EELK_Paldiski_kogudus, lk 42
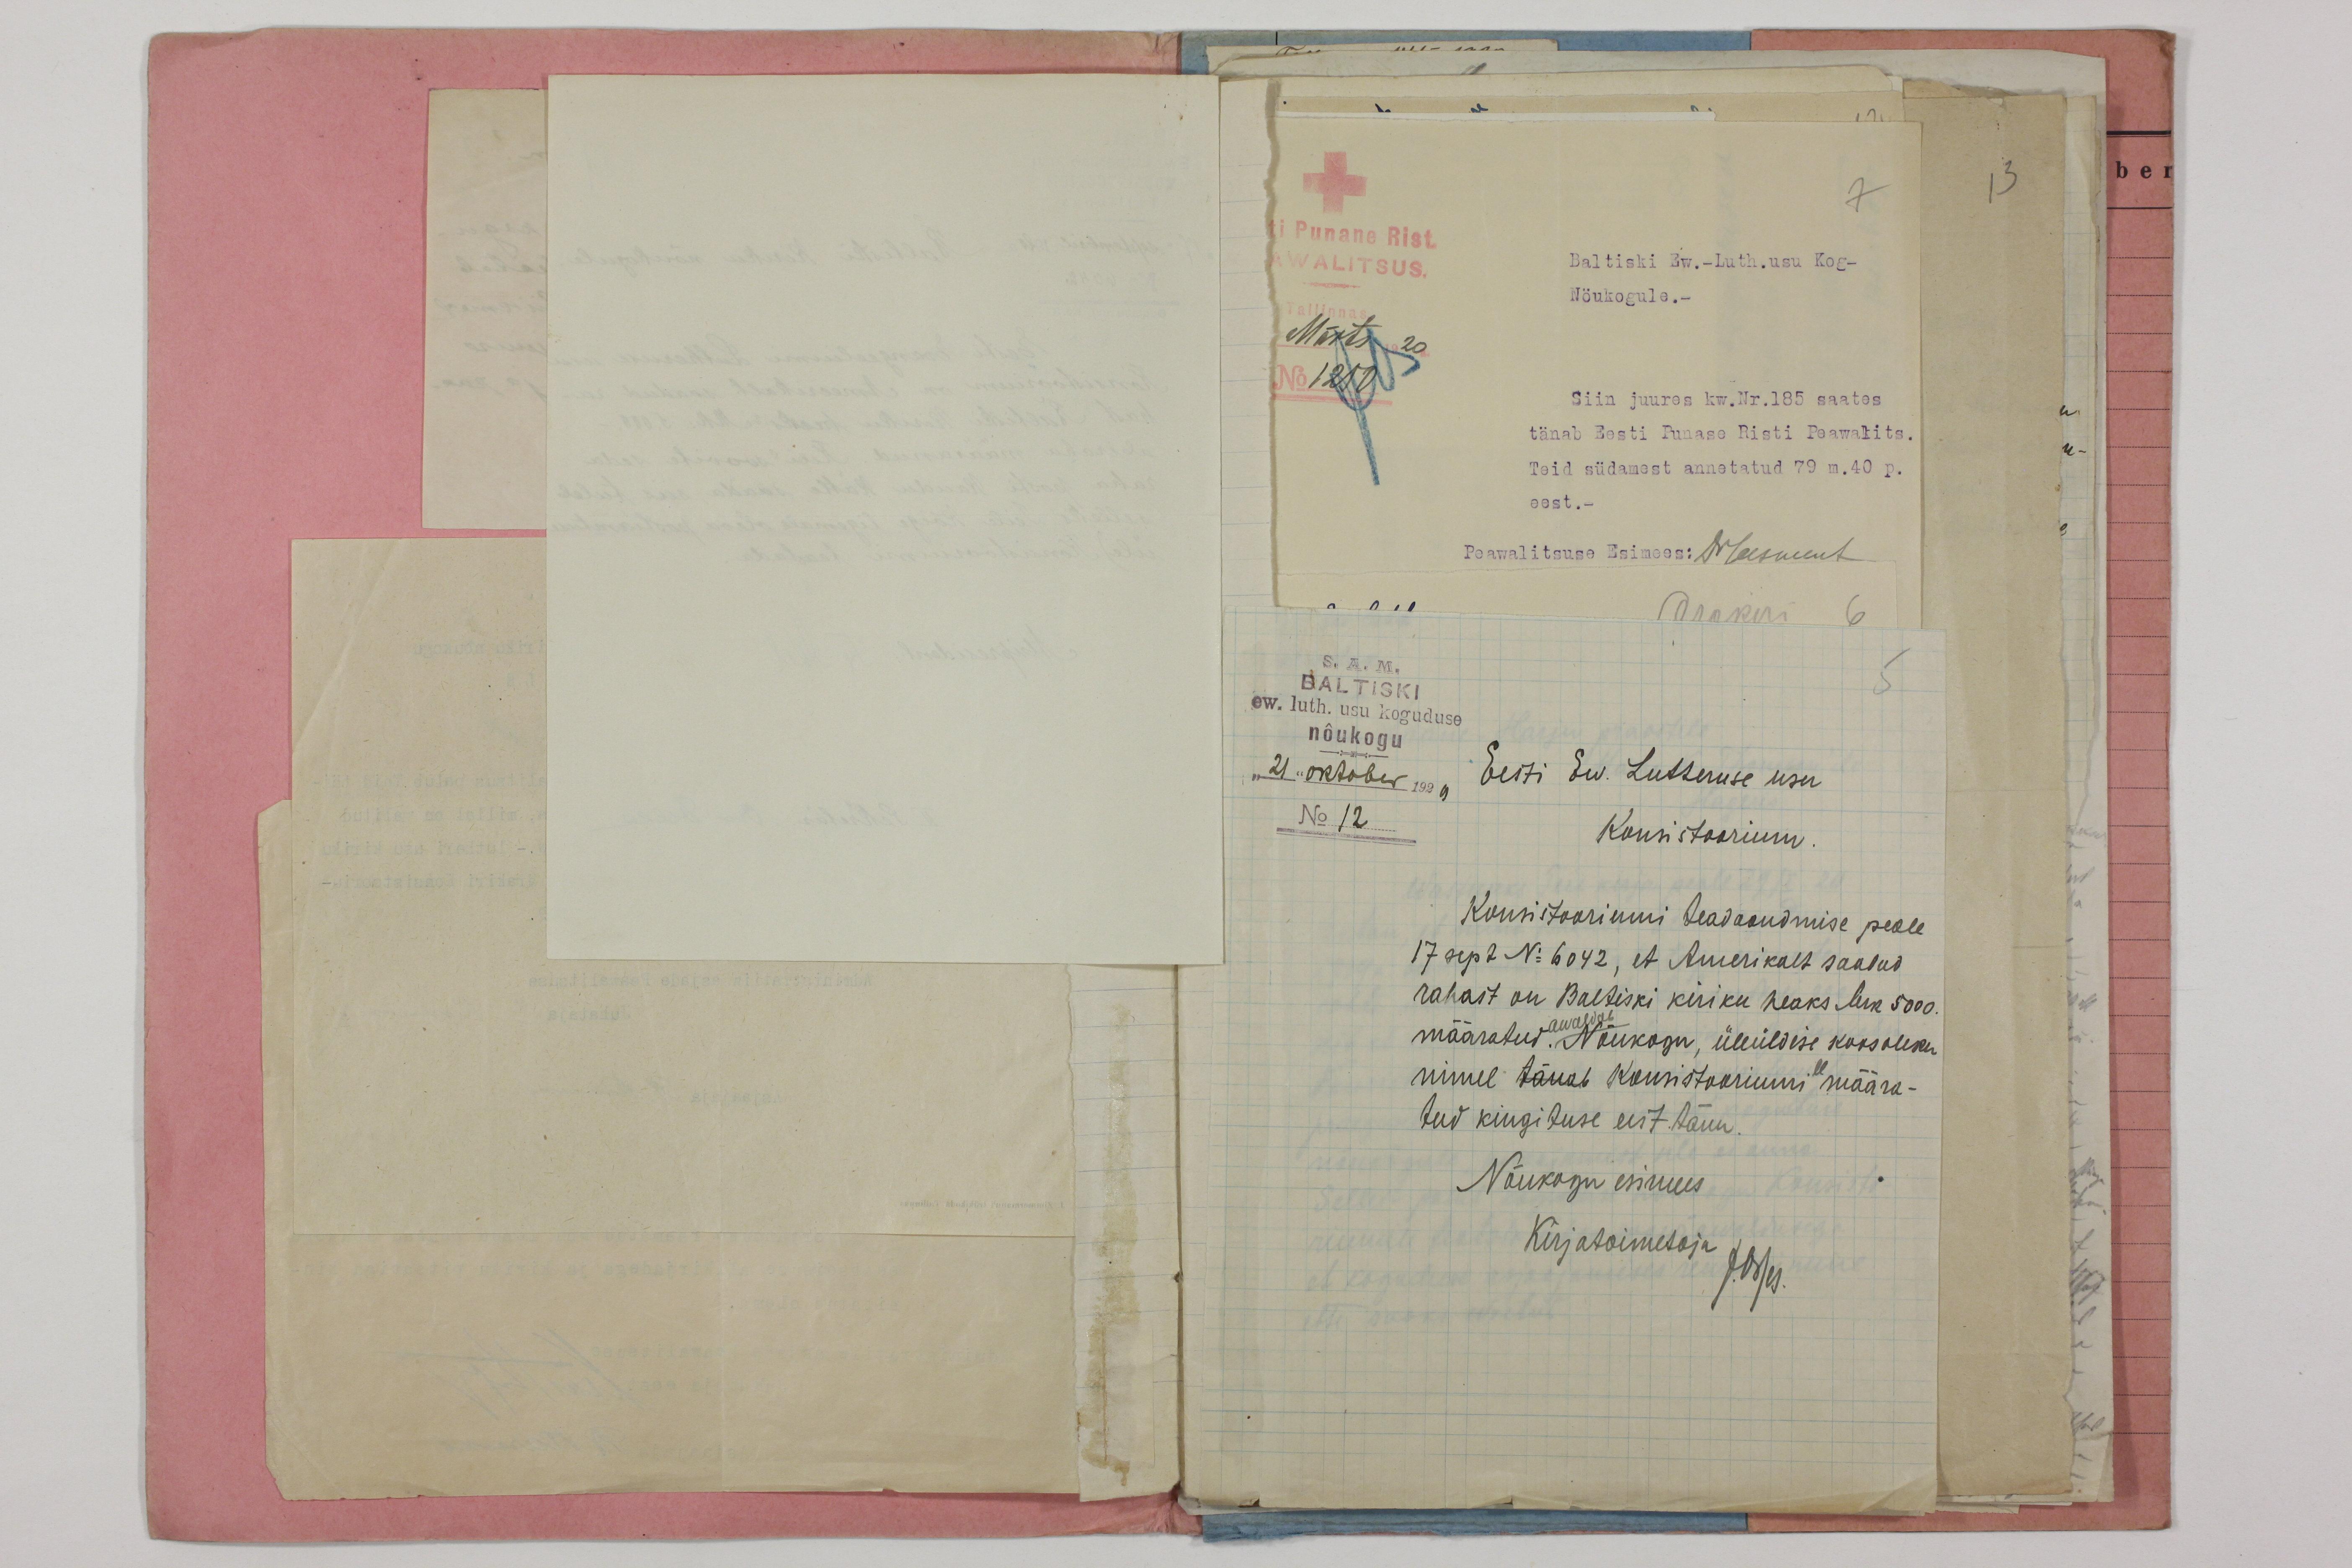
„S. A. M.
ew. luth. usu koguduse
Baltiski
nõukogu
"21" oktober 1920
Eesti Ev. Luteruse usu
No 12
Konsistoorium
Konsistooriumi teadaandmise peale
17 sept No 6042, et Amerikalt saadud
rahast on Baltiski kiriku heaks Mrk 5000.
määratud. Nõukogu üleüldise koosoleku
nimel tänab korristooriumi määra-
tud kingituse eest täna
Nõukogu esimees
Kirjatoimetaja
J.Ostes